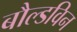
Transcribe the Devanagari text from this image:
बौल्डविन